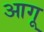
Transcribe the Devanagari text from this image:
आगू